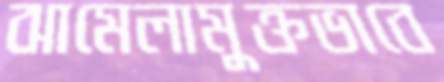
ঝামেলামুক্তভাবে